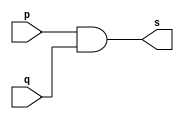
// -- PUC Minas - Instituto de Ciencias Exatas e Informatica
// -- Ciencia da Computacao - Professor Theldo Cruz
// Nome: ANA CRISTINA PEREIRA TEIXEIRA

// 12 - Definir e testar um mdulo com uma expresso envolvendo portas de um circuito capaz de receber um byte
// e retornar 1, se algum de seus bits for igual a 1
// Eh recomendavel simular o modulo no Logisim

// --------------------- 
// -- and gate
// --------------------- 
module and2gate (output s, input p, input q);
	assign s = p && q;
endmodule // or2gate

// --------------------- 
// -- test andgate 
// --------------------- 
module testandgate;
	// ------------------------- dados locais
	reg [7:0] a; // definir registrador
	wire z0, z1, z2, z3, z4, z5, s; // definir conexao (fio) 
	
	// ------------------------- instancia
	and2gate AND1 (z0, a[0], a[1]);
	and2gate AND2 (z1, a[2], a[3]);
	and2gate AND3 (z2, a[4], a[5]);
	and2gate AND4 (z3, a[6], a[7]);
	and2gate AND5 (z4, z0, z1);
	and2gate AND6 (z5, z2, z3);
	and2gate AND7 (s, z4, z5);
	
	// ------------------------- preparacao
	initial begin:start
		a = 8'b00000000;
	end
	
	// ------------------------- parte principal
	initial begin:main
		$display("Extra 0002 - ANA CRISTINA - 427385");
		$display("Test and gate");
		
		$monitor("%8b = %b", a, s);
		#1 a = 8'b00000001;
		#1 a = 8'b00000010;
		#1 a = 8'b00000100;
		#1 a = 8'b00001000;
		#1 a = 8'b00010000;
		#1 a = 8'b00100000;
		#1 a = 8'b01000000;

		#1 a = 8'b11111111;
	end
endmodule // testandgate

// -- Testes
// Extra 0002 - ANA CRISTINA - 427385
// Test and gate
// 00000000 = 0
// 00000001 = 0
// 00000010 = 0
// 00000100 = 0
// 00001000 = 0
// 00010000 = 0
// 00100000 = 0
// 01000000 = 0
// 11111111 = 1